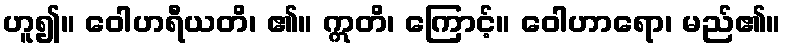
ဟူ၍။ ဝေါဟရီယတိ၊ ၏။ ဣတိ၊ ကြောင့်။ ဝေါဟာရော၊ မည်၏။